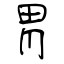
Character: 胃